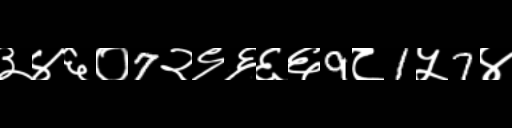
Text: ३४६०7२९६६६9८1५7४